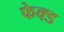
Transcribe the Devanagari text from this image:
फेक्ड